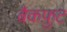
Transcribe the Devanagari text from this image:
बैकफ़ुट